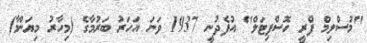
"މުސްލިމް ފްރީ ހޮސްޕިޓަލް" އުފެދުނީ 1937 ވަނަ އަހަރު ބަރުމާގެ (މިހާރު މިޔަންމާ)